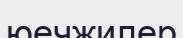
юечжилер